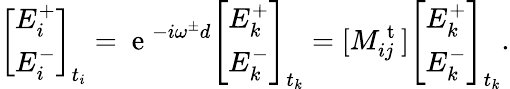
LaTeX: \left[\begin{array}{l}{E_{i}^{+}}\\ {E_{i}^{-}}\end{array}\right]_{t_{i}}=\mathrm{~e~}^{-i\omega^{\pm}d}\left[\begin{array}{l}{E_{k}^{+}}\\ {E_{k}^{-}}\end{array}\right]_{t_{k}}=[M_{ij}^{\mathrm{~t~}}]\left[\begin{array}{l}{E_{k}^{+}}\\ {E_{k}^{-}}\end{array}\right]_{t_{k}}.